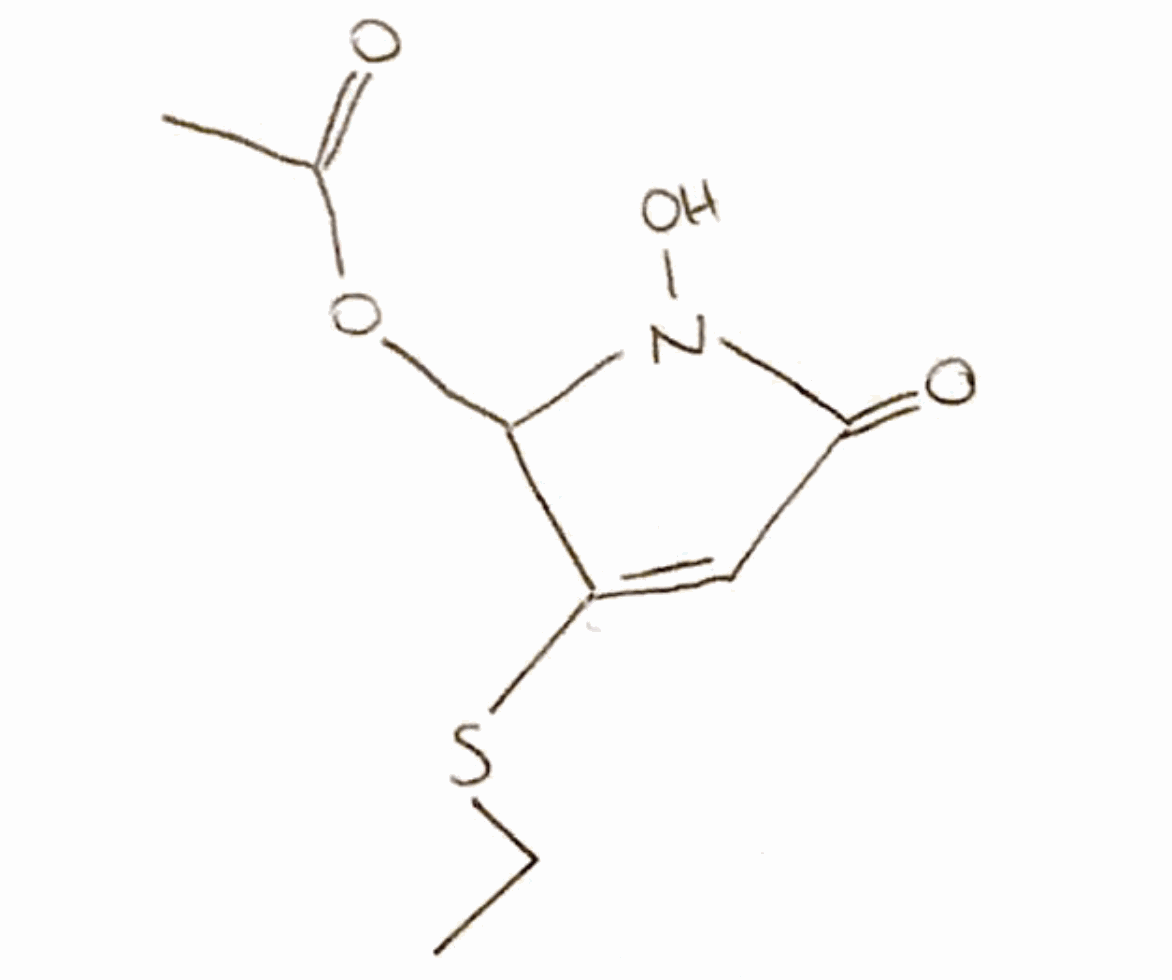
Simplified molecular-input line-entry system (SMILES) notation of the given molecule:
CCSC1=CC(=O)N(C1OC(=O)C)O